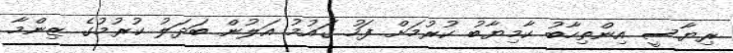
ރިޔާސީ އިންތިހާބު ކާމިޔާބު ކުރުމަށް ފަހު ގައުމު އަލުން ބަދަލު ކުރުމުގެ ޒިންމާ